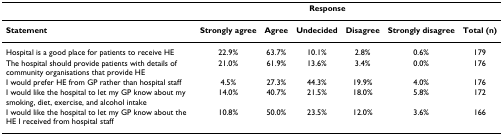
<table><thead><tr><td></td><td colspan="5"><b>Response</b></td><td></td></tr></thead><tbody><tr><td><b>Statement</b></td><td><b>Strongly agree</b></td><td><b>Agree</b></td><td><b>Undecided</b></td><td><b>Disagree</b></td><td><b>Strongly disagree</b></td><td><b>Total (n)</b></td></tr><tr><td>Hospital is a good place for patients to receive HE</td><td>22.9%</td><td>63.7%</td><td>10.1%</td><td>2.8%</td><td>0.6%</td><td>179</td></tr><tr><td>The hospital should provide patients with details of community organisations that provide HE</td><td>21.0%</td><td>61.9%</td><td>13.6%</td><td>3.4%</td><td>0.0%</td><td>176</td></tr><tr><td>I would prefer HE from GP rather than hospital staff</td><td>4.5%</td><td>27.3%</td><td>44.3%</td><td>19.9%</td><td>4.0%</td><td>176</td></tr><tr><td>I would like the hospital to let my GP know about my smoking, diet, exercise, and alcohol intake</td><td>14.0%</td><td>40.7%</td><td>21.5%</td><td>18.0%</td><td>5.8%</td><td>172</td></tr><tr><td>I would like the hospital to let my GP know about the HE I received from hospital staff</td><td>10.8%</td><td>50.0%</td><td>23.5%</td><td>12.0%</td><td>3.6%</td><td>166</td></tr></tbody></table>